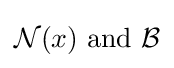
{\mathcal {N}}(x){\text{ and }}{\mathcal {B}}